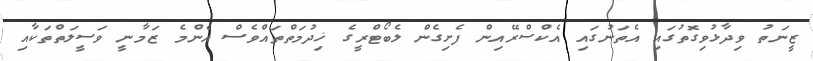
ޒީނަތު ވިދާޅުވިގޮތުގައި އެތަނުގައި އެކްސްރޭއިން ފެށިގެން ލެބޯޓްރީގެ ޚިދުމަތްތައްވެސް އެންމެ ޒަމާނީ ވަސީލަތްތަކާއި